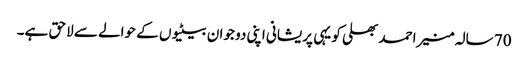
70 سالہ منیر احمد بھلی کو یہی پریشانی اپنی دو جوان بیٹیوں کے حوالے سے لاحق ہے۔